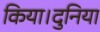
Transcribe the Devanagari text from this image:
किया।दुनिया